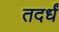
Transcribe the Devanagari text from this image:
तदर्धं